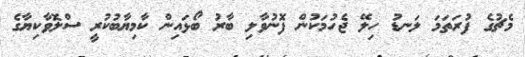
މެޗުގެ ފުރަތަމަ ލަނޑު ހިލޭ ޖެހުމަކުން ފޮނުވާލި ބާރު ބޯޅައިން ކާމިޔާބުކުރީ ސްލޮވާކިޔާގެ